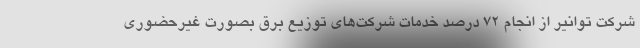
شرکت توانیر از انجام ۷۲ درصد خدمات شرکت‌های توزیع برق بصورت غیرحضوری